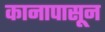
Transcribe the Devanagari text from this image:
कानापासून